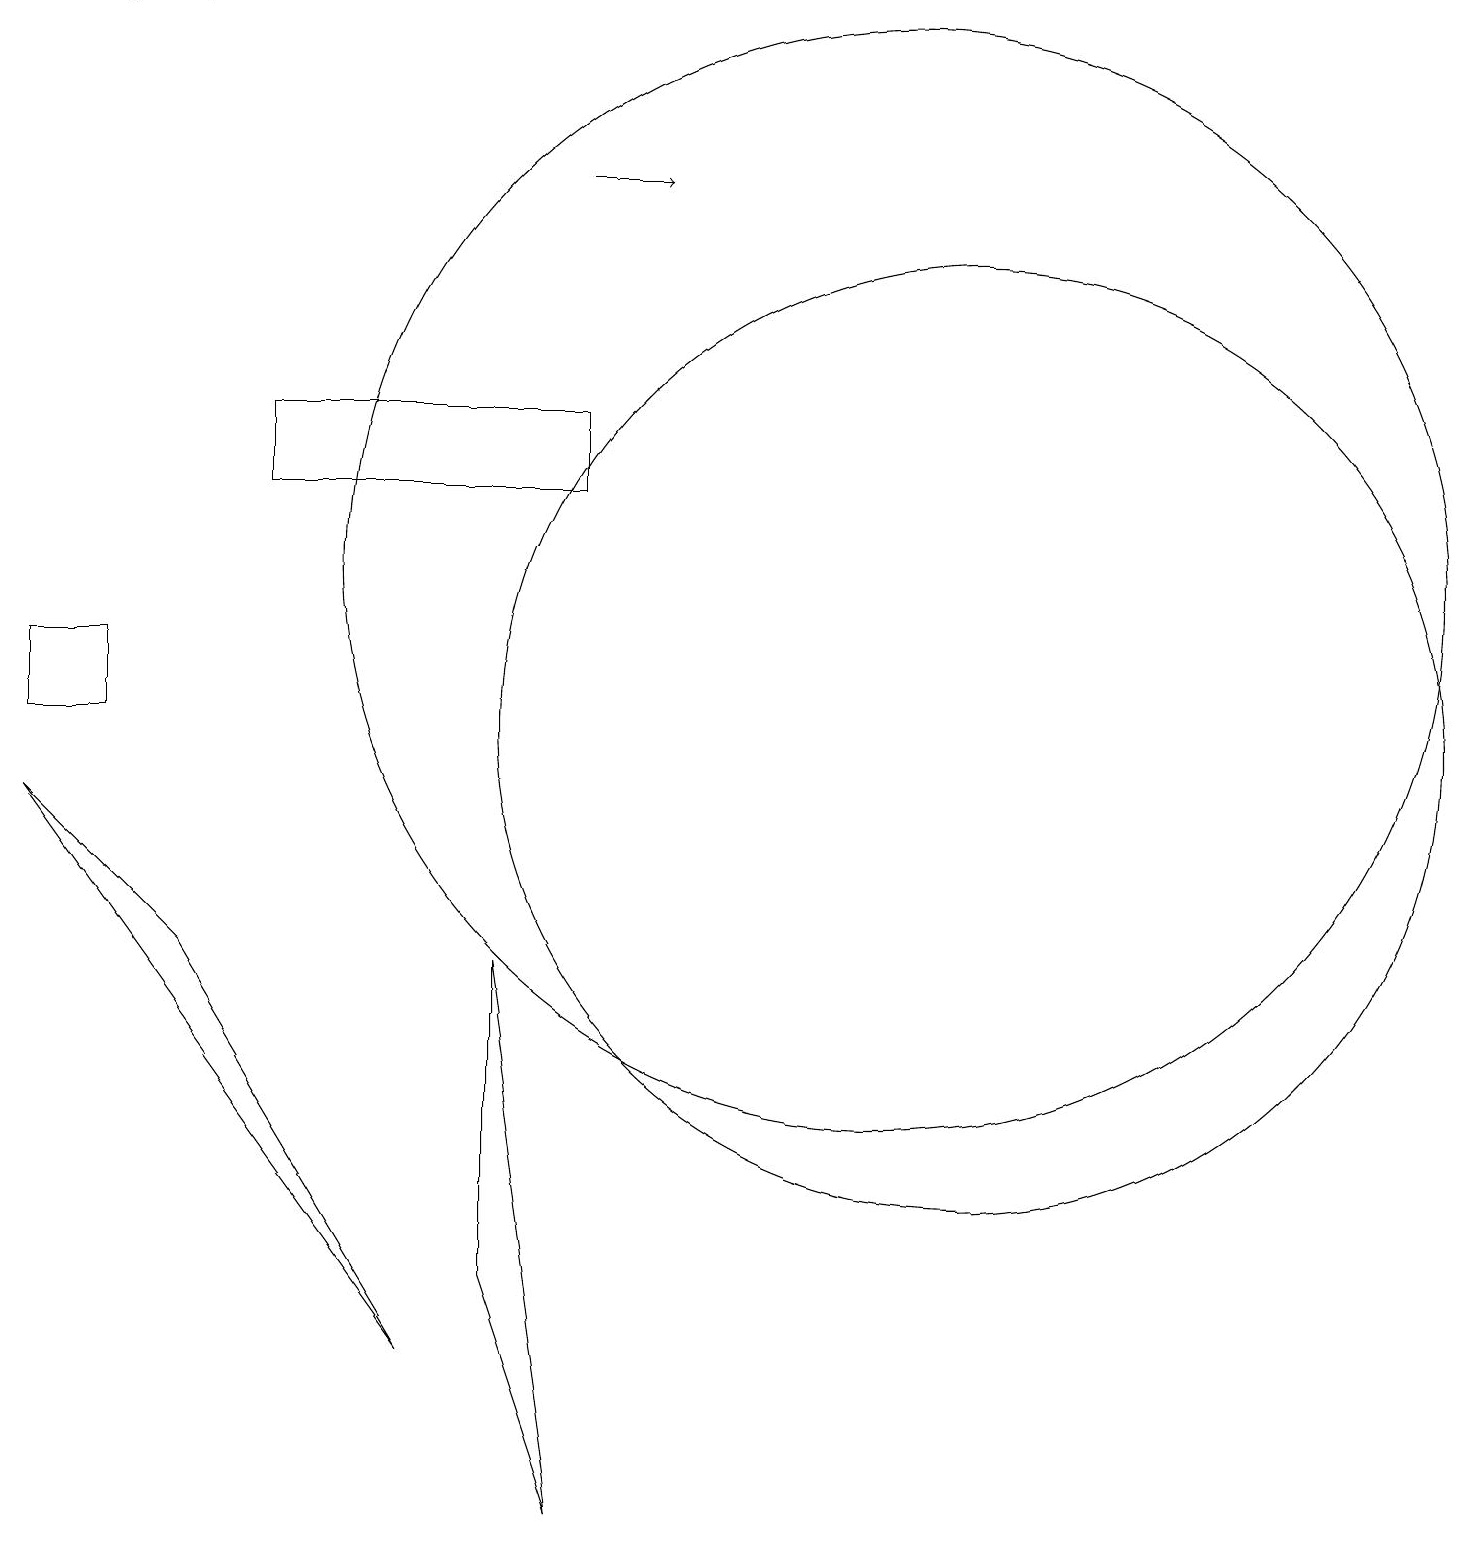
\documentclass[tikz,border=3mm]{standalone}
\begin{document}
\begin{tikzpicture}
\draw (11,12) circle (7);
\draw (7,0) -- (6,3) -- (6,7) -- cycle;
\draw (12,10) circle (6);
\draw (1,10) rectangle (0,11);
\draw (7,13) rectangle (3,14);
\draw[->] (7,17) -- (8,17);
\draw[->] (2,19) -- (1,19);
\draw (0,9) -- (2,7) -- (5,2) -- cycle;
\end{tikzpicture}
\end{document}